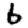
Digit: 6